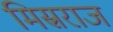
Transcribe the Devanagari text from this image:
मिस्रराज